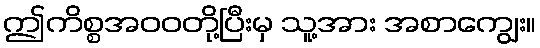
ဤကိစ္စအဝဝတို့ပြီးမှ သူ့အား အစာကျွေး။